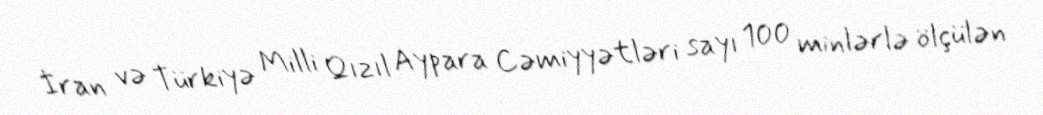
İran və Türkiyə Milli Qızıl Aypara Cəmiyyətləri sayı 100 minlərlə ölçülən